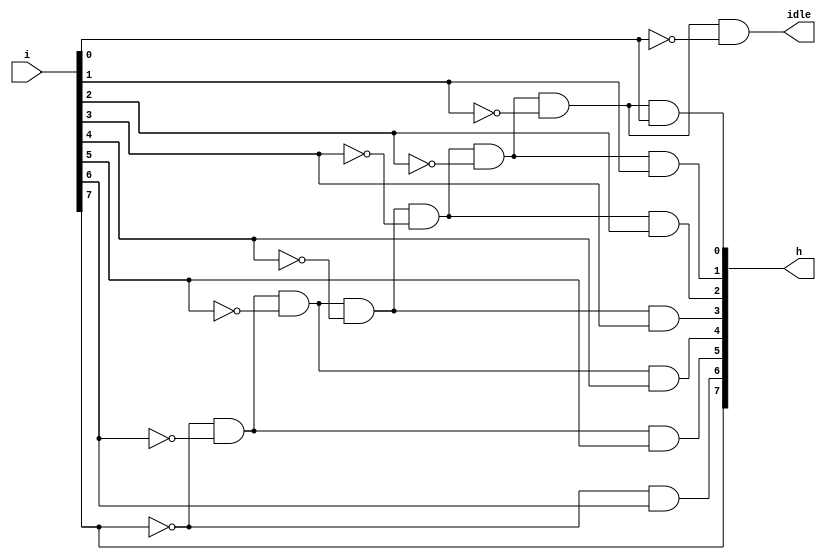
module priority_ckt_8_3(input [7:0] i, output [7:0] h,output idle);

assign h[0]= ~i[7]&~i[6]&~i[5]&~i[4]&~i[3]&~i[2]&~i[1]&i[0];
assign h[1]= ~i[7]&~i[6]&~i[5]&~i[4]&~i[3]&~i[2]&i[1];
assign h[2]= ~i[7]&~i[6]&~i[5]&~i[4]&~i[3]&i[2];
assign h[3]= ~i[7]&~i[6]&~i[5]&~i[4]&i[3];
assign h[4]= ~i[7]&~i[6]&~i[5]&i[4];
assign h[5]= ~i[7]&~i[6]&i[5];
assign h[6]= ~i[7]&i[6];
assign h[7]= i[7];
assign idle= ~i[7]&~i[6]&~i[5]&~i[4]&~i[3]&~i[2]&~i[1]&~i[0];

endmodule